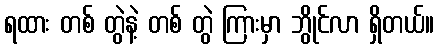
ရထား တစ် တွဲနဲ့ တစ် တွဲ ကြားမှာ ဘွိုင်လာ ရှိတယ်။